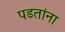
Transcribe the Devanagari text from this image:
पडतांना